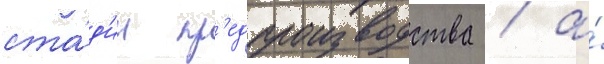
ста́д'ии пр'едпроизводства / а́